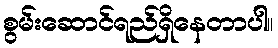
စွမ်းဆောင်ရည်ရှိနေတာပါ။